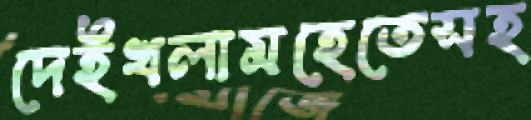
দেইখলামহেতেসহ